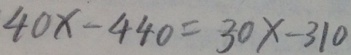
4 0 x - 4 4 0 = 3 0 x - 3 1 0